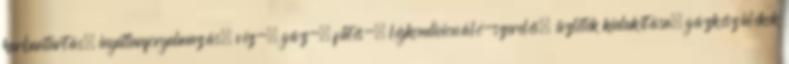
karbantartás, ingatlanforgalmazás, víz-, gáz-, fűtés-, légkondicionáló-szerelés, üzletek kialakítása, gázkészülékek